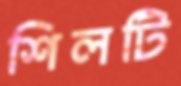
শিলটি